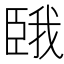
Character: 𫇇